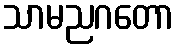
သာမညဂတော